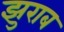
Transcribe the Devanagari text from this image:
झुराब